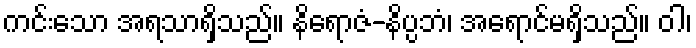
ကင်းသော အရသာရှိသည်။ နိရောဇံ-နိပ္ပဘံ၊ အရောင်မရှိသည်။ ဝါ၊